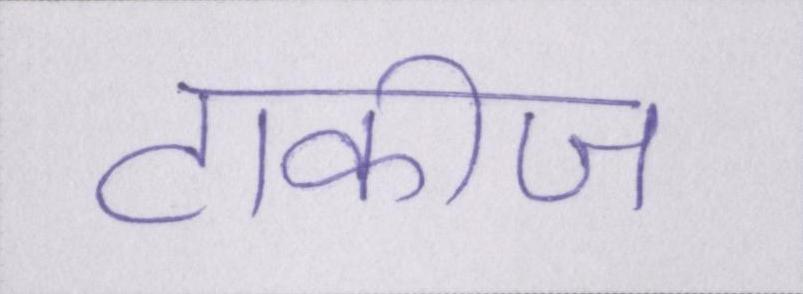
टाकीज